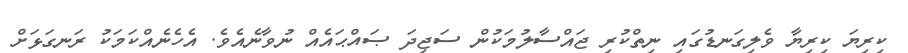
ކިރިޔަ ކިރިޔާ ވެލިގަނޑުގައި ނިތްކުރި ޖައްސާލުމަކުން ސަޖިދަ ޞައްޙައެއް ނުވާނެއެވެ. އެހެނެއްކަމަކު ރަނގަޅަށް